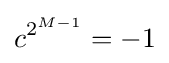
c^{2^{M-1}}=-1